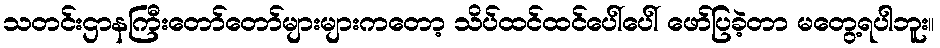
သတင်းဌာနကြီးတော်တော်များများကတော့ သိပ်ထင်ထင်ပေါ်ပေါ် ဖော်ပြခဲ့တာ မတွေ့ရပါဘူး။